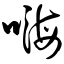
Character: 嗨